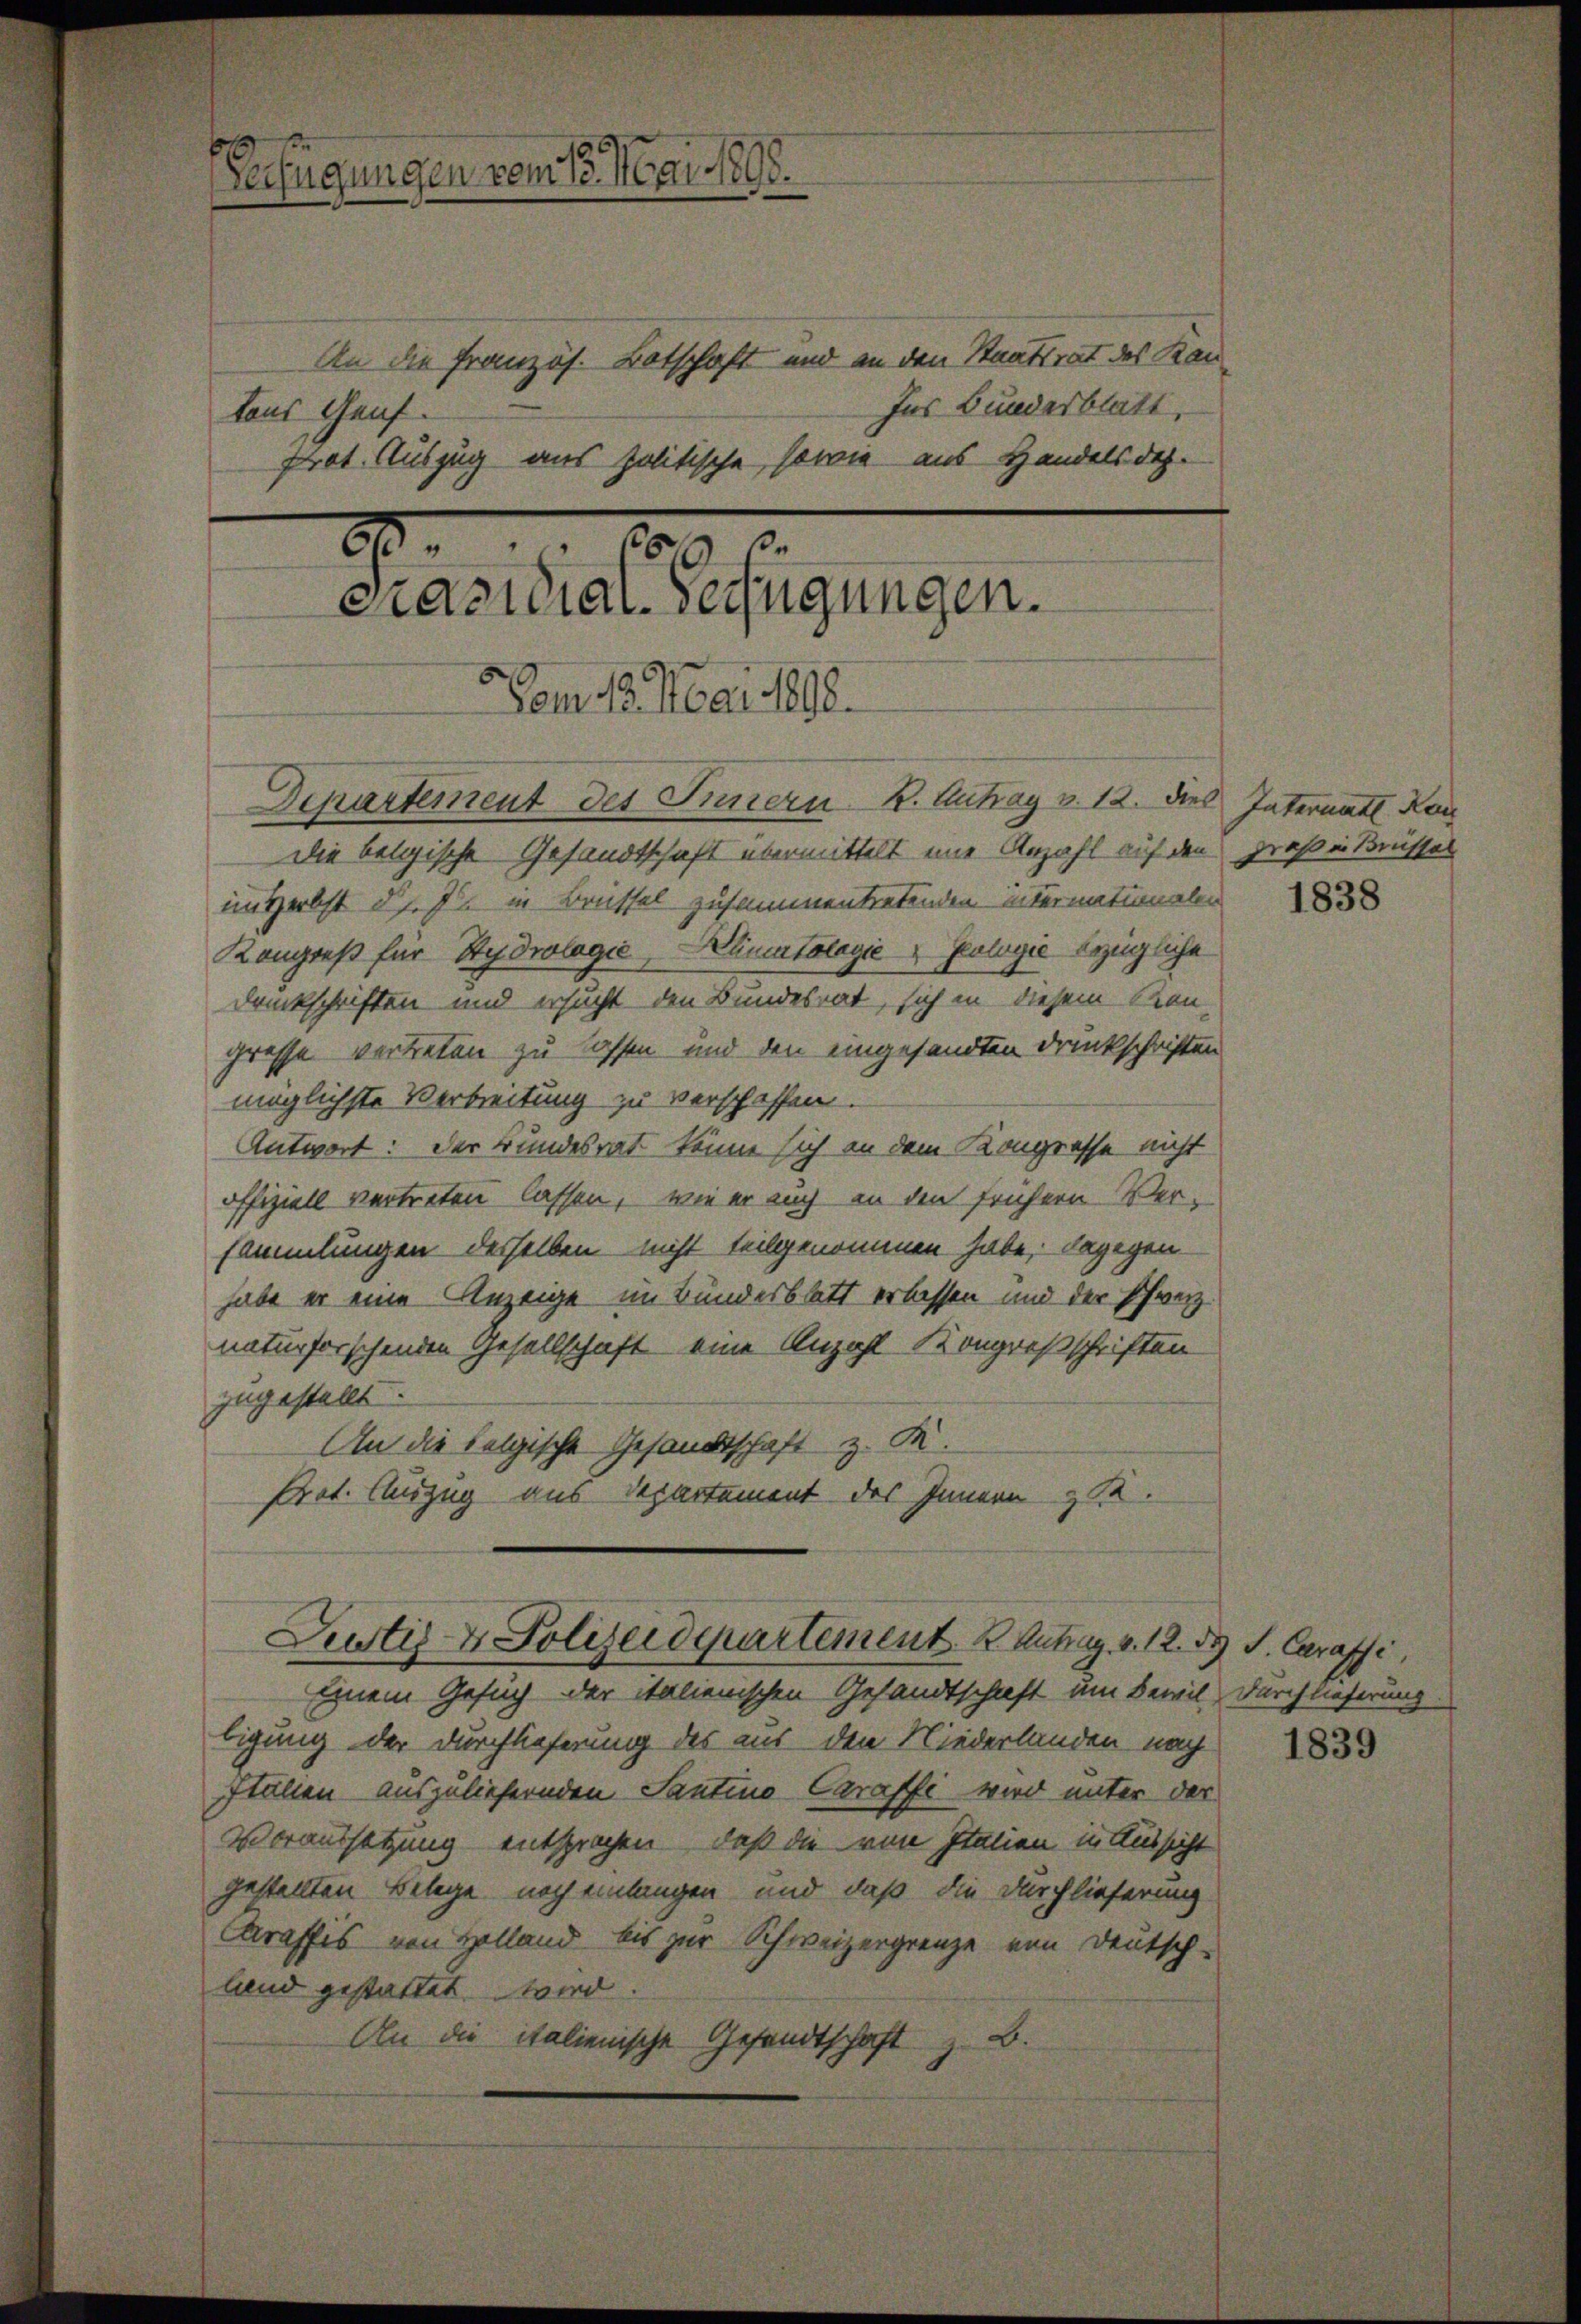
.
Verfügungen vom 13. Mai 1895.

An die Französ. Botschaft und an den Staatsrat des Kan¬
Ins Bundesblatt,
tons Genf.
Prot. Auszug aus politische, sowie aus Handels dah
20
109. 1
Präsidial-Verfügungen.
om 18. Mai 1898.
Departement des Innern K. Antrag v. 12. dies Internat Kon
Die belgische Gesandtschaft übermittelt eine Anzahl auf den Draß in Brüssel

im Herbst d. J. in Brüssel zusammentretenden Internationalen
Kongreß für Hydrologie, Ducatalogie Polyić bezügliche
druckschriften und ersucht den Bundesrat, sich in diesem Kon
grosse vertreten zu lassen und den eingesandten Druckschriften
möglichste Verbreitung zu verschaffen.
Antwort: Der Bundesrat könne sich an dem Kongresse nicht
offiziell vertreten lassen, wie er auch an den frühern Ver-
sammlungen desselben nicht teilgenommen habe; dagegen-
habe er eine Anzeige im Bundesblatt erlassen und der Schweiz.
naturforschenden Gesellschaft eine Anzahl Kongresschriften
zugestellt.
An die belgische Gesandtschaft z. K.
Prot. Auszug aus Departement des Innern & 12.
Justiz- & Polizeidepartement Antrag v. 12. d. J. Carassi
Einem Gesuch der italienischen Gesandtschaft um Bewil Durchlieferung
bigung der Durchlieferung des aus den Niederlanden nach
ställen auszuliefernden Santino Caraffe wird unter der
Voraussetzung entsprochen, daß die von Italien in Aussicht
gestellten Belege noch einlangen und daß die Durchlieferung
Craffis von Holland bis zur Schweizergrenze von Deutsch-
land gestattet wird.
An die italienische Gesandtschaft z. B.

1838

1839